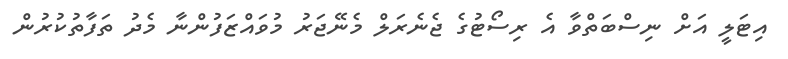
އިޓަލީ އަށް ނިސްބަތްވާ އެ ރިސޯޓުގެ ޖެނެރަލް މެނޭޖަރު މުވައްޒަފުންނާ މެދު ތަފާތުކުރުން